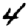
Digit: 4